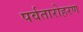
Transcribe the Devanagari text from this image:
पर्वतारोहरण